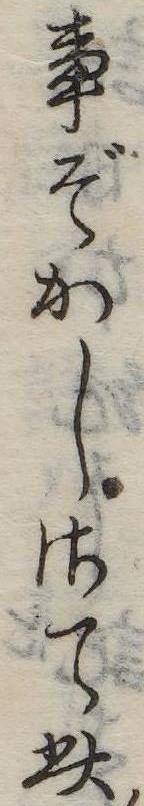
事ぞかしさて此